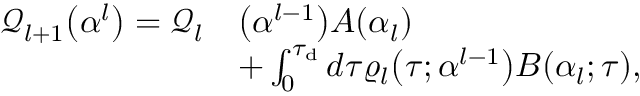
\begin{array} { r l } { \mathcal { Q } _ { l + 1 } \big ( \boldsymbol { \alpha } ^ { l } \big ) = \mathcal { Q } _ { l } } & { \big ( \boldsymbol { \alpha } ^ { l - 1 } \big ) A ( \alpha _ { l } ) } \\ & { + \int _ { 0 } ^ { \tau _ { \mathrm { d } } } d \tau \varrho _ { l } \big ( \tau ; \boldsymbol { \alpha } ^ { l - 1 } \big ) B ( \alpha _ { l } ; \tau ) , } \end{array}